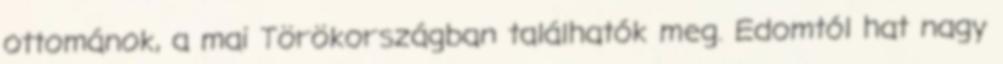
ottománok, a mai Törökországban találhatók meg. Edomtól hat nagy